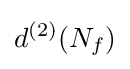
d^{(2)}(N_{f})